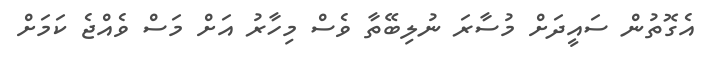
އެގޮތުން ސައީދަށް މުސާރަ ނުލިބޭތާ ވެސް މިހާރު އަށް މަސް ވެއްޖެ ކަމަށް